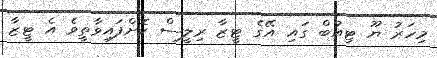
މިހަރު ޔޫ ޓިއުބް ގައި އޭގެ ޓީޒާ ރިލީސް ކޮށްފައިވާތީވެ އެ ޓީޒާ